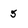
Character: 5